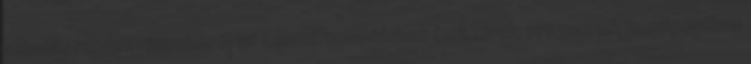
aktuális rendezvényeinkről az Eseménynaptárban és a Hírek, programok menüpontban